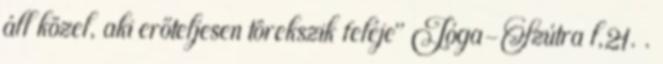
áll közel, aki erőteljesen törekszik feléje" Jóga-Szútra l,21. .